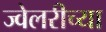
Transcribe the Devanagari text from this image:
ज्वेलरीच्या